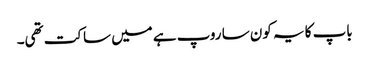
باپ کا یہ کون سا روپ ہے میں ساکت تھی۔